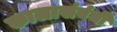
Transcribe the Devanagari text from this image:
कालासंबंधीं